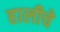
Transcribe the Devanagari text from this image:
हालीचे